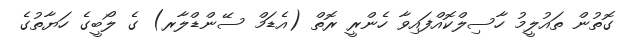
ގޮތުން ތައުލީމު ހާސިލްކޮއްފައިވާ ހެންރީ ރޮތް (އެޑަމް ސޭންޑްލާރ) ގެ ލޯބީގެ ހަޔާތުގެ